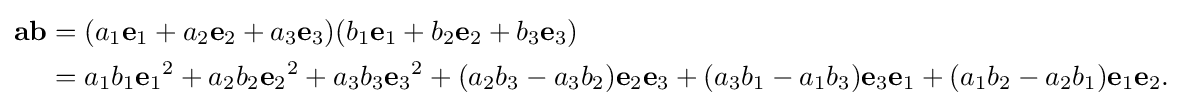
{\begin{aligned}\mathbf {ab} &=(a_{1}\mathbf {e} _{1}+a_{2}\mathbf {e} _{2}+a_{3}\mathbf {e} _{3})(b_{1}\mathbf {e} _{1}+b_{2}\mathbf {e} _{2}+b_{3}\mathbf {e} _{3})\\&=a_{1}b_{1}{\mathbf {e} _{1}}^{2}+a_{2}b_{2}{\mathbf {e} _{2}}^{2}+a_{3}b_{3}{\mathbf {e} _{3}}^{2}+(a_{2}b_{3}-a_{3}b_{2})\mathbf {e} _{2}\mathbf {e} _{3}+(a_{3}b_{1}-a_{1}b_{3})\mathbf {e} _{3}\mathbf {e} _{1}+(a_{1}b_{2}-a_{2}b_{1})\mathbf {e} _{1}\mathbf {e} _{2}.\end{aligned}}